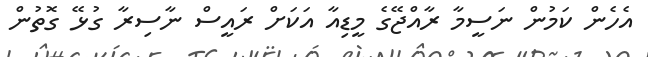
އެހެން ކަމުން ނަސީމާ ރާއްޖޭގެ މީޑިއާ އަކަށް ރައީސް ނާސިރާ ގުޅޭ ގޮތުން